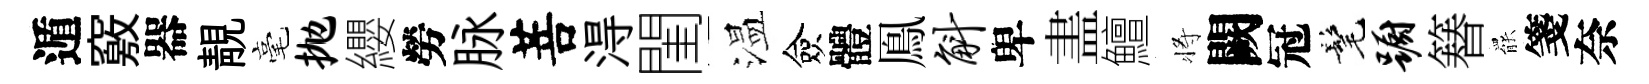
遁竅器靚毫抛纓勞脉菩淂閨温僉體鳯斛卑𥁞鱣将闕冠髦蹰簮罷箋奈